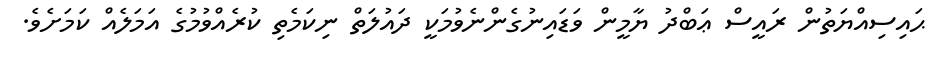
ޙައިސިއްޔަތުން ރައީސް ޢަބްދު ޔާމީން ވަޑައިނުގެންނެވުމަކީ ދައުލަތް ނިކަމެތި ކުރެއްވުމުގެ އަމަލެއް ކަމަށެވެ.